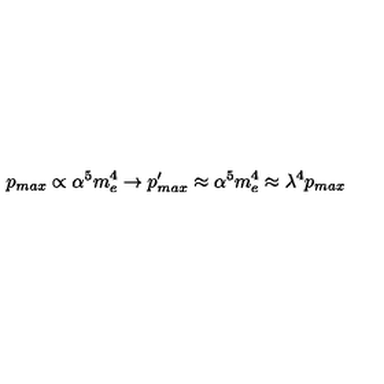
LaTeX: p _ { m a x } \propto \alpha ^ { 5 } m _ { e } ^ { 4 } \rightarrow p _ { m a x } ^ { \prime } \approx \alpha ^ { 5 } m _ { e } ^ { 4 } \approx \lambda ^ { 4 } p _ { m a x }